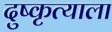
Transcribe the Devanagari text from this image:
दुष्कृत्याला